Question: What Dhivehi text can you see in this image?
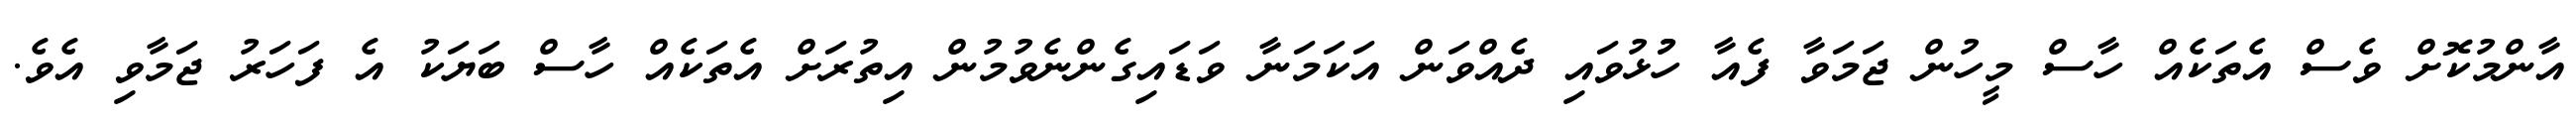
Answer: އާންމުކޮށް ވެސް އެތަކެއް ހާސް މީހުން ޖަމަވާ ފެއާ ހުުޅުވައި ދެއްވަން އަކަމަނާ ވަޑައިގެންނެވުމުން އިތުރަށް އެތަކެއް ހާސް ބަޔަކު އެ ފަހަރު ޖަމާވި އެވެ.